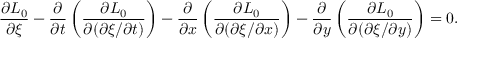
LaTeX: { \frac { \partial { L _ { 0 } } } { \partial \xi } } - { \frac { \partial } { \partial { t } } } \left( { \frac { \partial { L _ { 0 } } } { \partial ( \partial \xi / \partial { t } ) } } \right) - { \frac { \partial } { \partial { x } } } \left( { \frac { \partial { L _ { 0 } } } { \partial ( \partial \xi / \partial { x } ) } } \right) - { \frac { \partial } { \partial { y } } } \left( { \frac { \partial { L _ { 0 } } } { \partial ( \partial \xi / \partial { y } ) } } \right) = 0 .